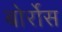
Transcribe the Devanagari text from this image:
बोर्रोस